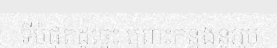
ទីបំផុតដូច្នេះ ព្រោះកន្លងនូវរូប